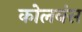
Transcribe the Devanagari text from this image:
कोलबंस